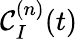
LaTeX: {\mathcal C}_{I}^{(n)}(t)